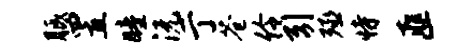
胝置瞳沅亍苍伶引殛恃匪